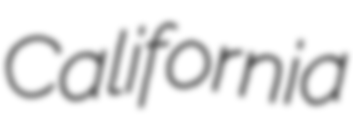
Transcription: California